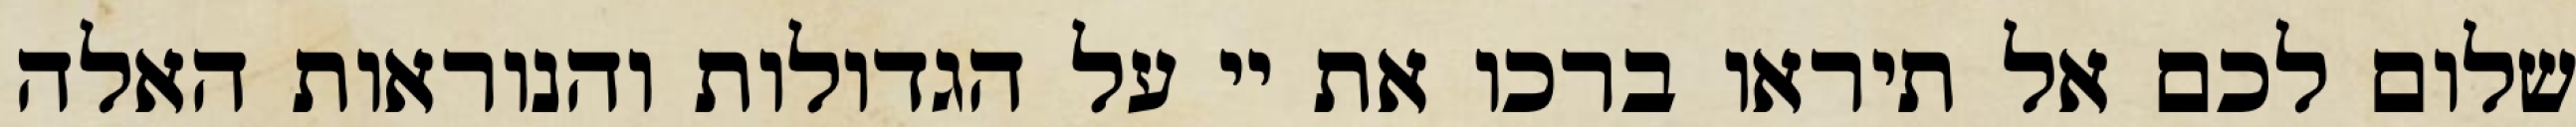
שלום לכם אל תיראו ברכו את יי על הגדולות והנוראות האלה